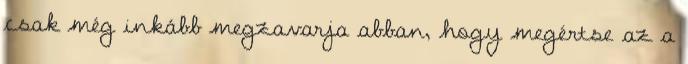
csak még inkább megzavarja abban, hogy megértse az a